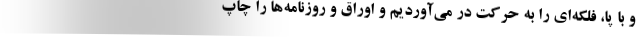
و با پا، فلکه‌ای را به حرکت در می‌آوردیم و اوراق و روزنامه‌ها را چاپ